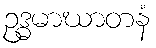
ဥဒ္ဓမာဃာတနံ